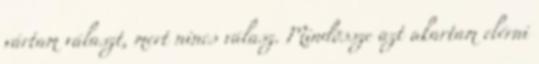
vártam választ, mert nincs válasz. Mindössze azt akartam elérni